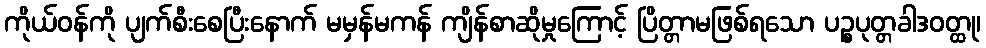
ကိုယ်ဝန်ကို ပျက်စီးစေပြီးနောက် မမှန်မကန် ကျိန်စာဆိုမှုကြောင့် ပြိတ္တာမဖြစ်ရသော ပဉ္စပုတ္တခါဒဝတ္ထု၊